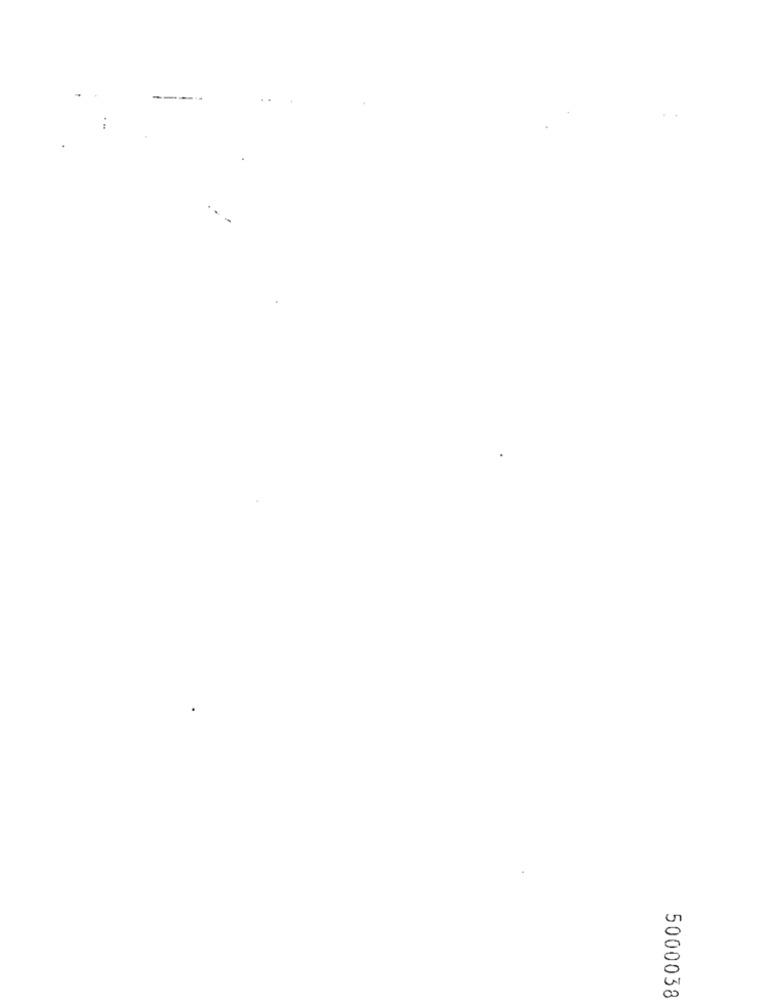
-
5000038